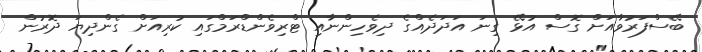
ބޭސްފަރުވާއަށް ގޮސް އުޅޭ ގިނަ އަދަދެއްގެ ދިވެހިންނާއި ޓްރިވެންޑްރަމްގައި ކުރިއަށް ގެންދިޔަ ދޮރުން